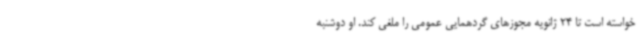
خواسته است تا 24 ژانویه مجوزهای گردهمایی عمومی را ملغی کند. او دوشنبه